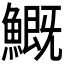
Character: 𩺺